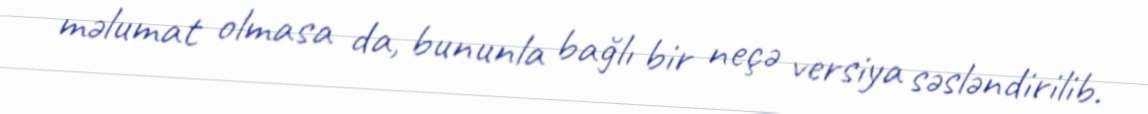
məlumat olmasa da, bununla bağlı bir neçə versiya səsləndirilib.